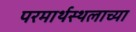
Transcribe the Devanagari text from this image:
परमार्थस्थलाच्या